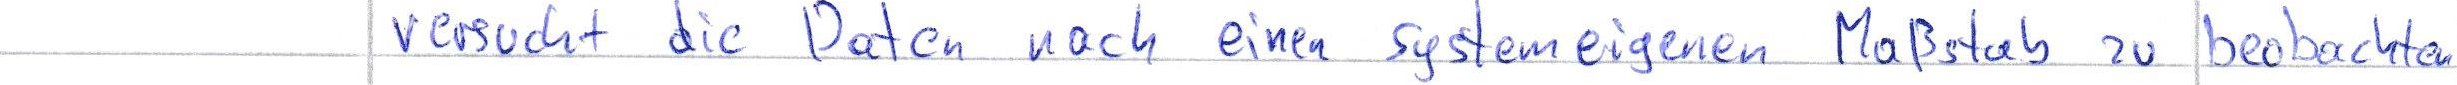
versucht die Daten nach einen systemeigenen Maßstab zu beobachten